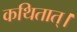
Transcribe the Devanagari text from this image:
कथितात्।